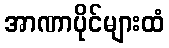
အာဏာပိုင်များထံ